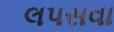
લપસવા